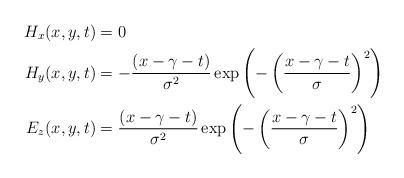
LaTeX: \begin{align*}H_x(x,y,t) &= 0 \\H_y(x,y,t) &= -\frac{(x-\gamma-t)}{\sigma^2}\exp\left(-\left( \frac{x-\gamma-t}{\sigma}\right)^2\right)\\E_z(x,y,t) &= \frac{(x-\gamma-t)}{\sigma^2}\exp\left(-\left( \frac{x-\gamma-t}{\sigma}\right)^2\right) \end{align*}